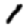
Digit: 1